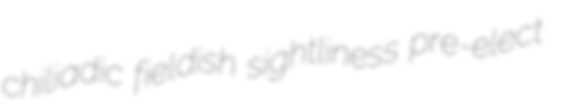
chiliadic fieldish sightliness pre-elect